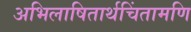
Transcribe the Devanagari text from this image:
अभिलाषितार्थचिंतामणि